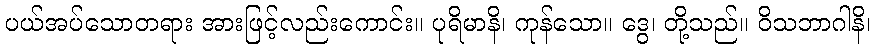
ပယ်အပ်သောတရား အားဖြင့်လည်းကောင်း။ ပုရိမာနိ၊ ကုန်သော။ ဒွေ၊ တို့သည်။ ဝိသဘာဂါနိ၊